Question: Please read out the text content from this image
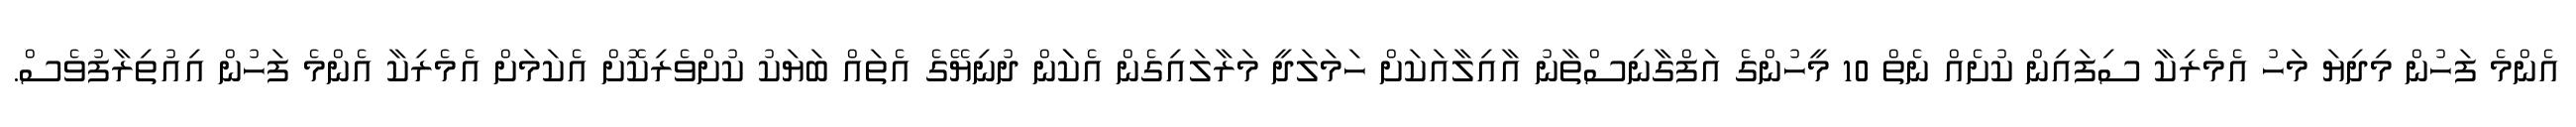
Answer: އެންމެ ފަހުން މިދިޔަ މަހު އެމެރިކާ ސިފައިން ކުށެއް ނެތް 10 މީހުންގެ އަފްގާނިސްތާނު އާއިލާއަކަށް ހަމަލަދީ މަރާލައިގެން އެކަަން ދުނިޔޭގެ އެތައް ބަޔަކު ކުށްވެރިކޮށް އެކަމަށް އެމެރިކާ އެންމެ ފަހުން އިއުތިރާފުވެސް.